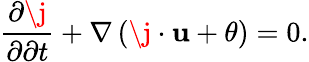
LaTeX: \frac{\partial\j}{\partial\partial t}+\nabla\left(\j\cdot\mathbf{u}+\theta\right)=0.